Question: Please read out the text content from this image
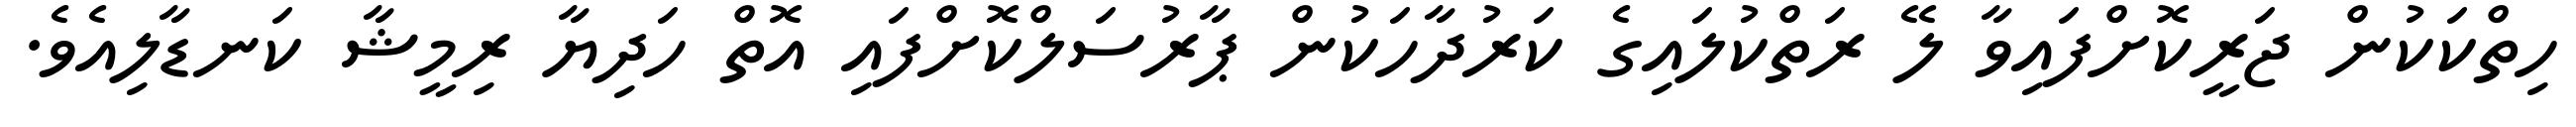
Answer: ހިތްކަކުން ޖަރީކޮށްފައިވާ ލޭ ރަތްކުލައިގެ ކަރުދާހަކުން ޕާރުސަލްކޮށްފައި އޮތް ހަދިޔާ ރިމީޝާ ކަނޑާލިއެވެ.